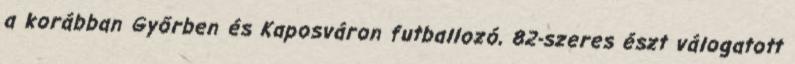
a korábban Győrben és Kaposváron futballozó, 82-szeres észt válogatott